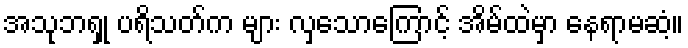
အသုဘရှု ပရိသတ်က များ လှသောကြောင့် အိမ်ထဲမှာ နေရာမဆံ့။